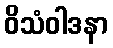
ဝိသံဝါဒနာ